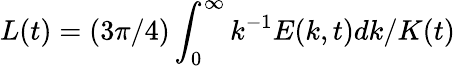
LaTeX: L(t)=(3\pi/4)\int_{0}^{\infty}k^{-1}E(k,t)dk/K(t)